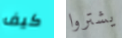
كيف يشتروا